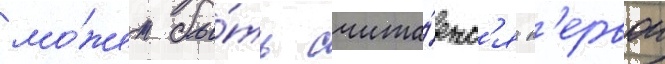
мо́жет бы́ть счита́етс'я п'ервои